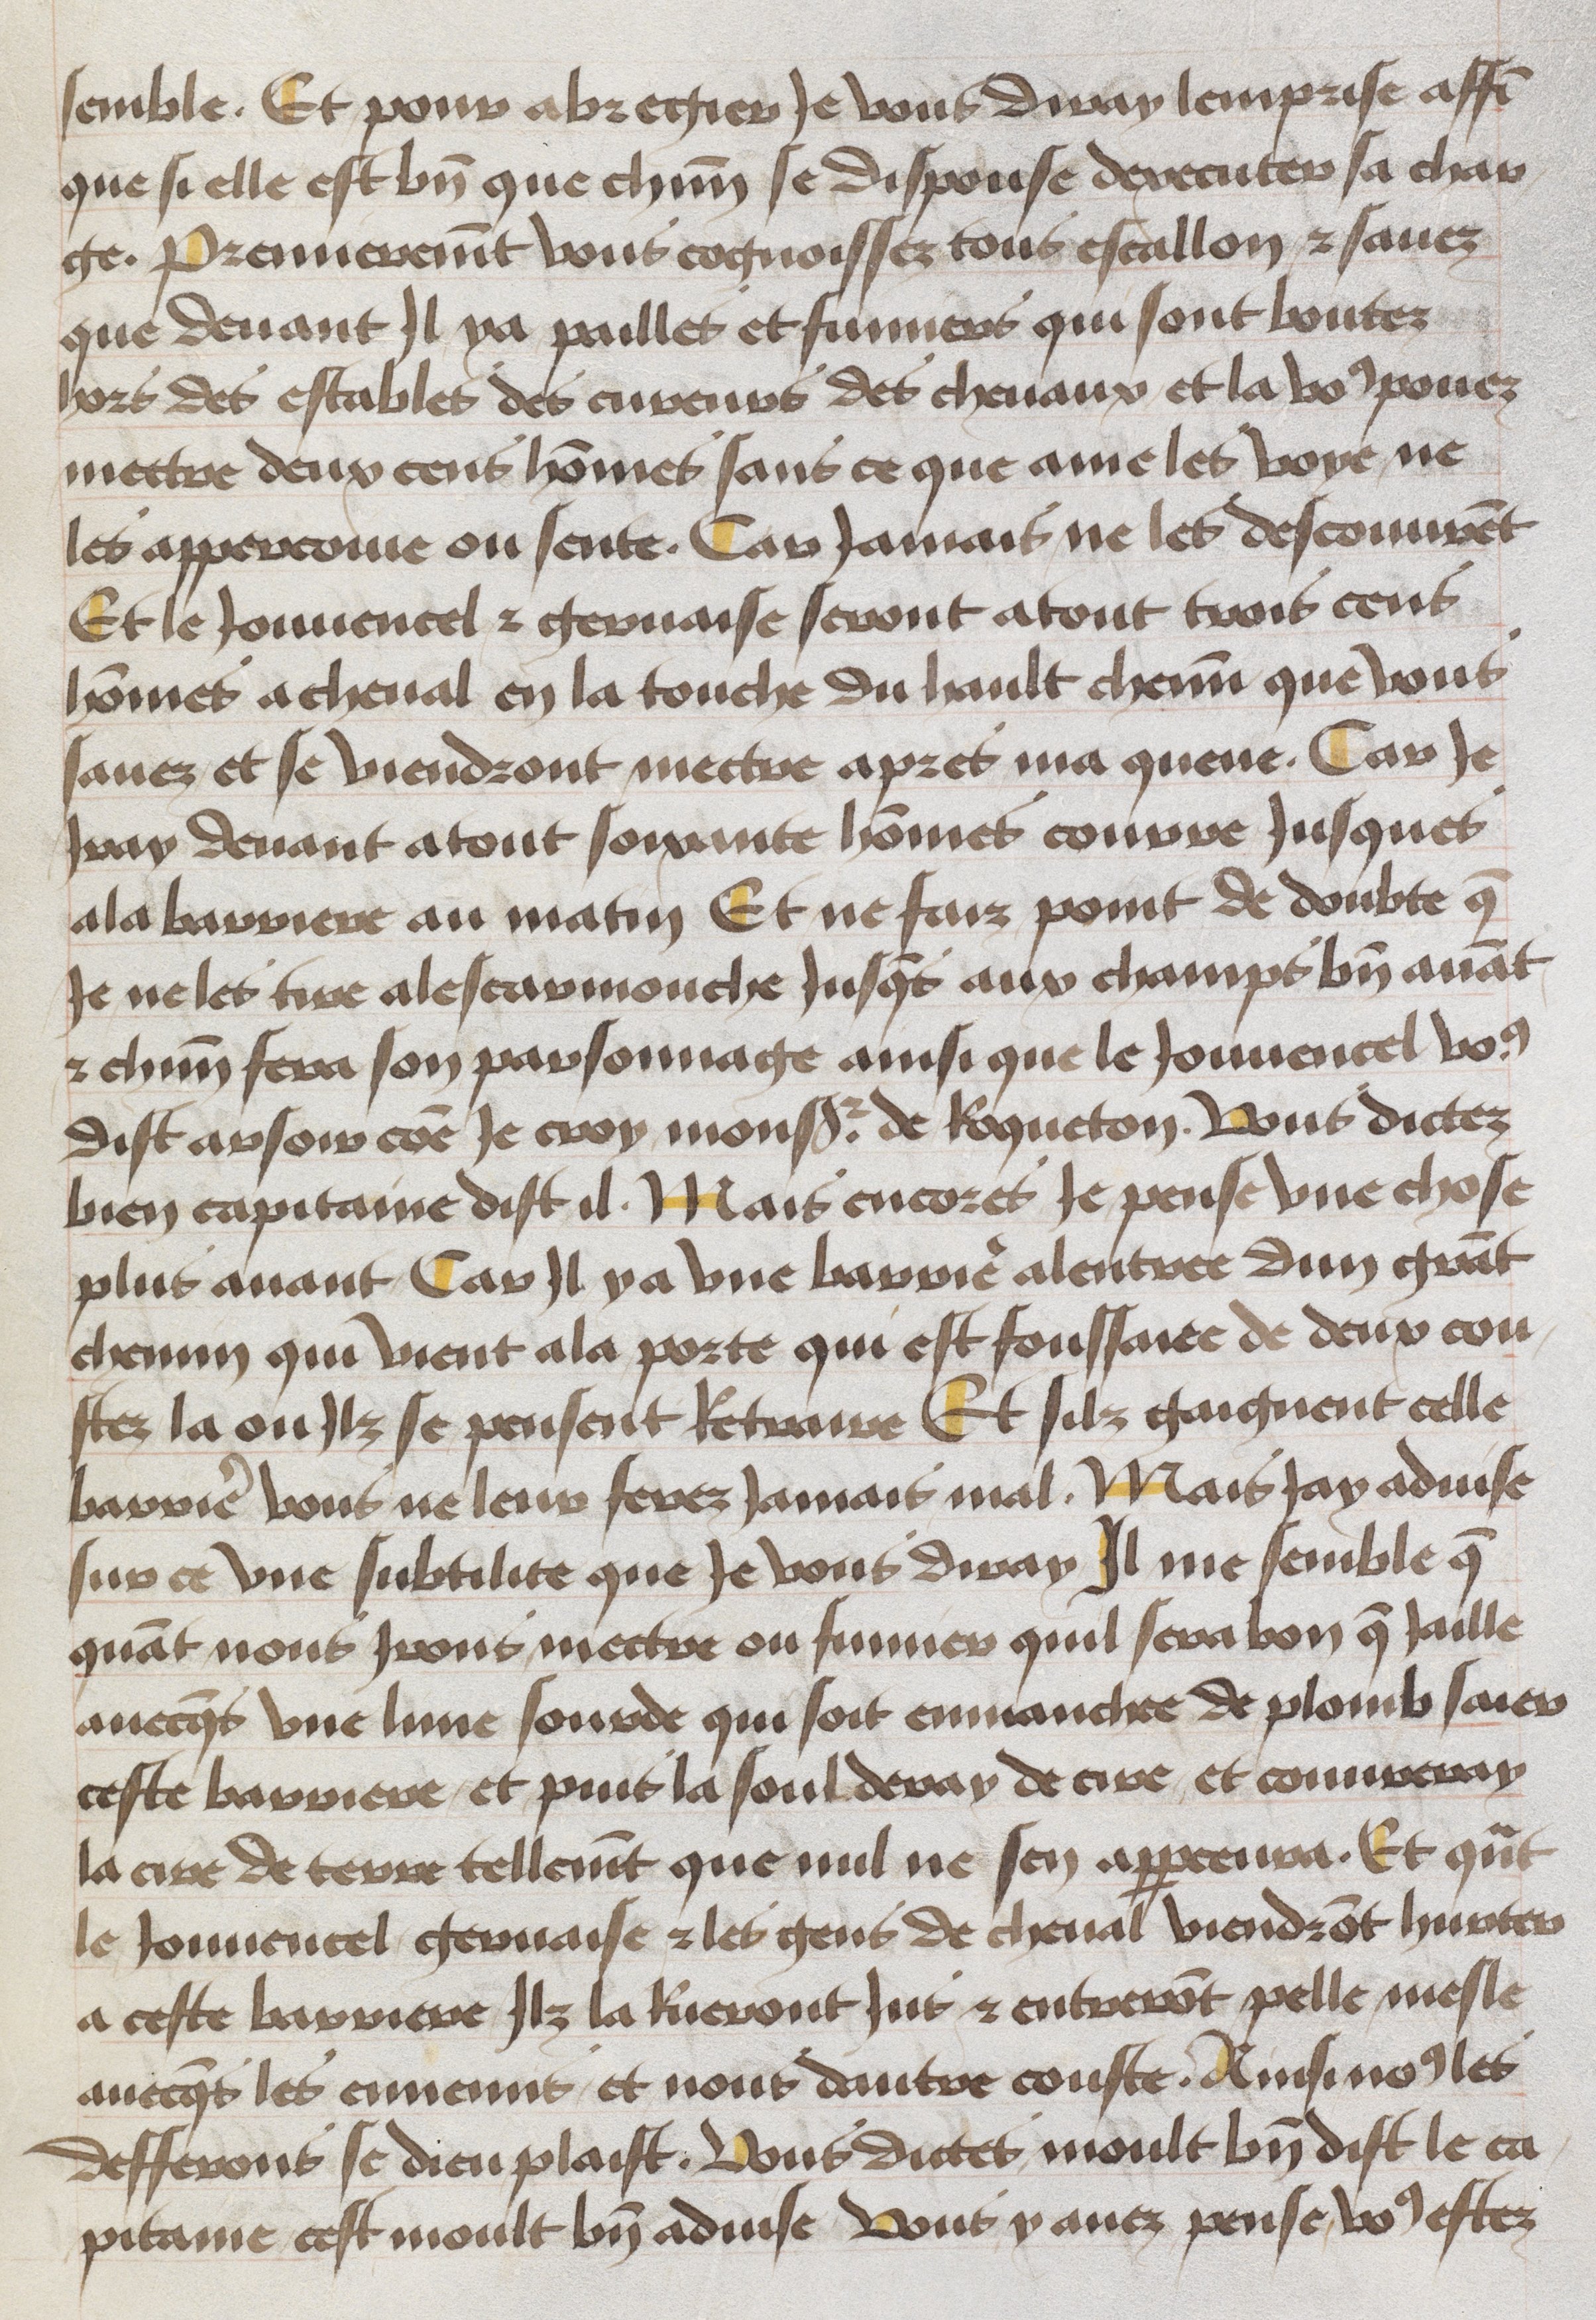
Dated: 1465–1480